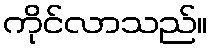
ကိုင်လာသည်။